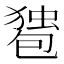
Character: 𰅠